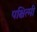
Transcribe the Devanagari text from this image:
पश्चित्मी